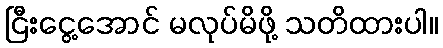
ငြီးငွေ့အောင် မလုပ်မိဖို့ သတိထားပါ။